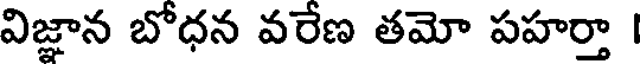
విజ్ఞాన బోధన వరేణ తమో పహర్తా